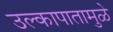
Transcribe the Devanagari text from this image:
उल्कापातामुळे